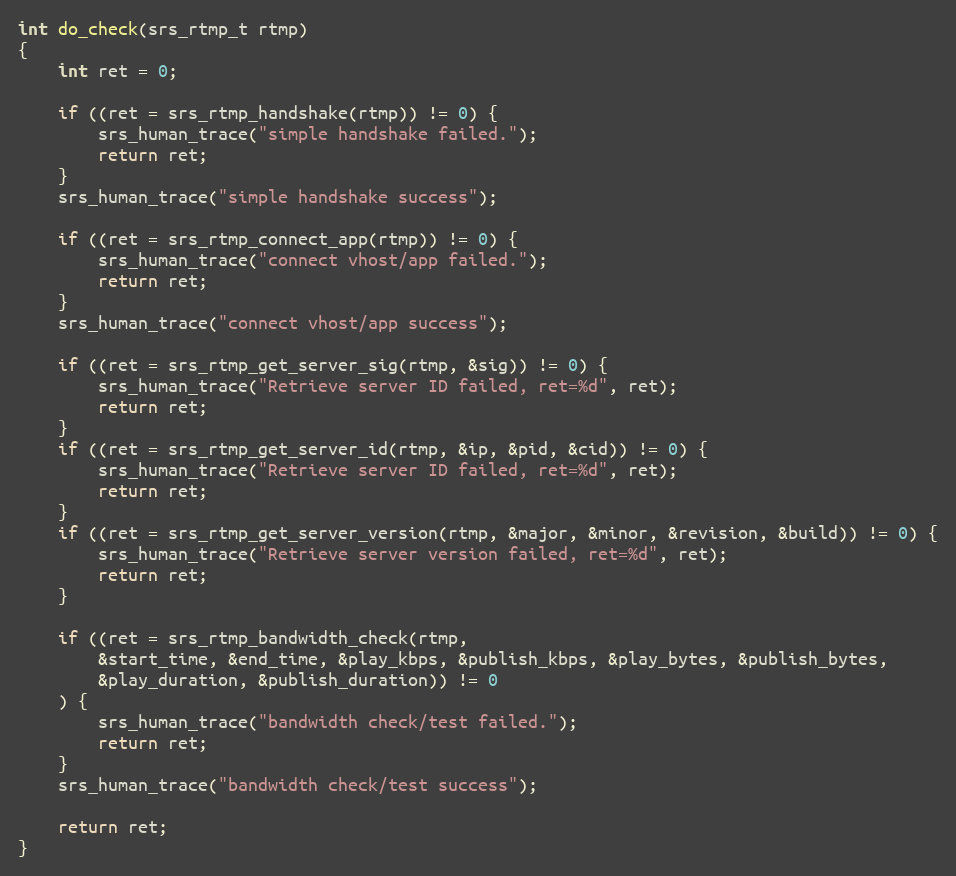
Language: C
int do_check(srs_rtmp_t rtmp)
{
    int ret = 0;

    if ((ret = srs_rtmp_handshake(rtmp)) != 0) {
        srs_human_trace("simple handshake failed.");
        return ret;
    }
    srs_human_trace("simple handshake success");

    if ((ret = srs_rtmp_connect_app(rtmp)) != 0) {
        srs_human_trace("connect vhost/app failed.");
        return ret;
    }
    srs_human_trace("connect vhost/app success");

    if ((ret = srs_rtmp_get_server_sig(rtmp, &sig)) != 0) {
        srs_human_trace("Retrieve server ID failed, ret=%d", ret);
        return ret;
    }
    if ((ret = srs_rtmp_get_server_id(rtmp, &ip, &pid, &cid)) != 0) {
        srs_human_trace("Retrieve server ID failed, ret=%d", ret);
        return ret;
    }
    if ((ret = srs_rtmp_get_server_version(rtmp, &major, &minor, &revision, &build)) != 0) {
        srs_human_trace("Retrieve server version failed, ret=%d", ret);
        return ret;
    }

    if ((ret = srs_rtmp_bandwidth_check(rtmp,
        &start_time, &end_time, &play_kbps, &publish_kbps, &play_bytes, &publish_bytes,
        &play_duration, &publish_duration)) != 0
    ) {
        srs_human_trace("bandwidth check/test failed.");
        return ret;
    }
    srs_human_trace("bandwidth check/test success");

    return ret;
}